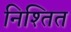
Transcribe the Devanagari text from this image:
निश्तित